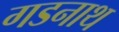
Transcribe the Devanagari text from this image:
गडनाथ